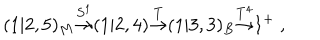
LaTeX: ( 1 | 2 , 5 ) _ { M } { \frac { \buildrel S ^ { 1 } } { \rightarrow } } ( 1 | 2 , 4 ) { \frac { \buildrel T } { \rightarrow } } ( 1 | 3 , 3 ) _ { B } { \frac { \buildrel T ^ { 4 } } { \rightarrow } } 1 ^ { + } \ ,